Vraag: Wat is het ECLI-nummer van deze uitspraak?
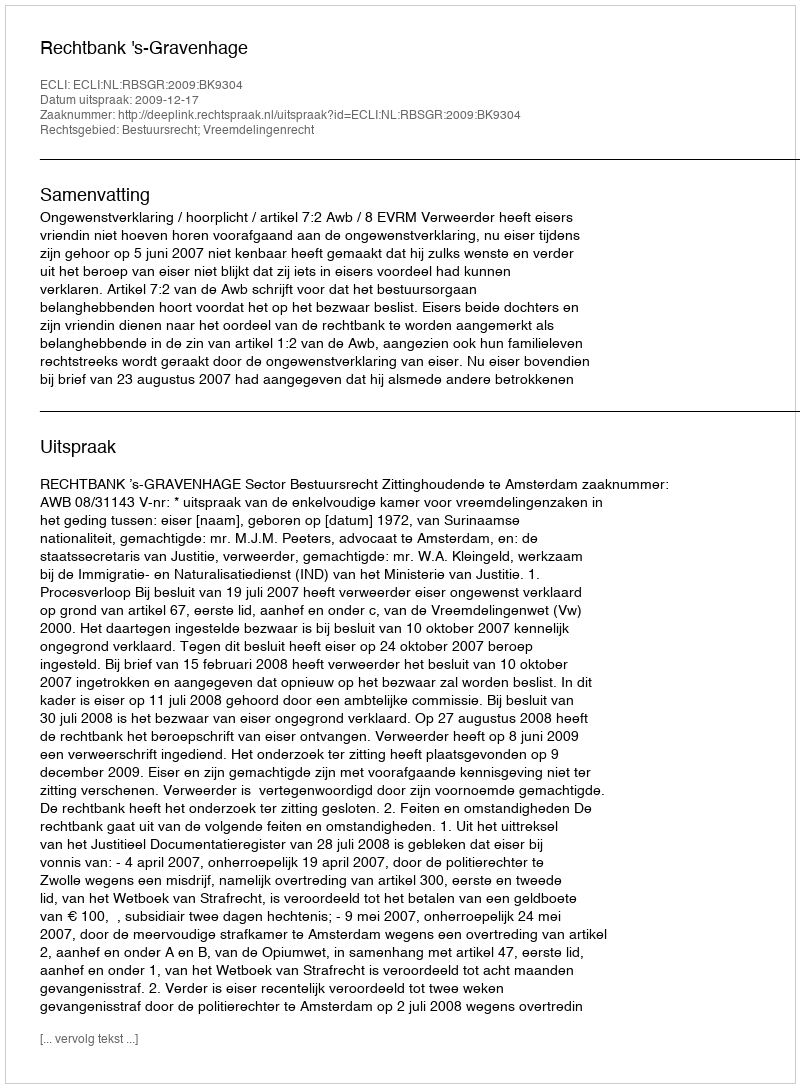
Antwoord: ECLI:NL:RBSGR:2009:BK9304